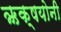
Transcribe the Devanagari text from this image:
ऋक्षयोनी